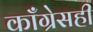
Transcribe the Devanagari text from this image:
काँग्रेसही